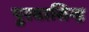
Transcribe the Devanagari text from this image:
पुरबासिन्ह